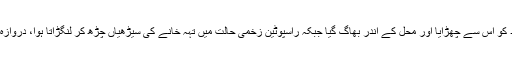
فیلیکس نے بمشکل خود کو اس سے چھڑایا اور محل کے اندر بھاگ گیا جبکہ راسپوٹین زخمی حالت میں تہہ خانے کی سیڑھیاں چڑھ کر لنگڑاتا ہوا، دروازہ کھول کر باہر نکل گیا۔